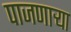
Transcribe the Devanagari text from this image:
पाजणाऱ्या